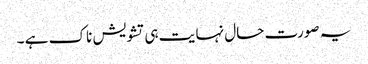
یہ صورت حال نہا یت ہی تشویش ناک ہے ۔